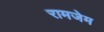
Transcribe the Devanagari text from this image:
रामजेम